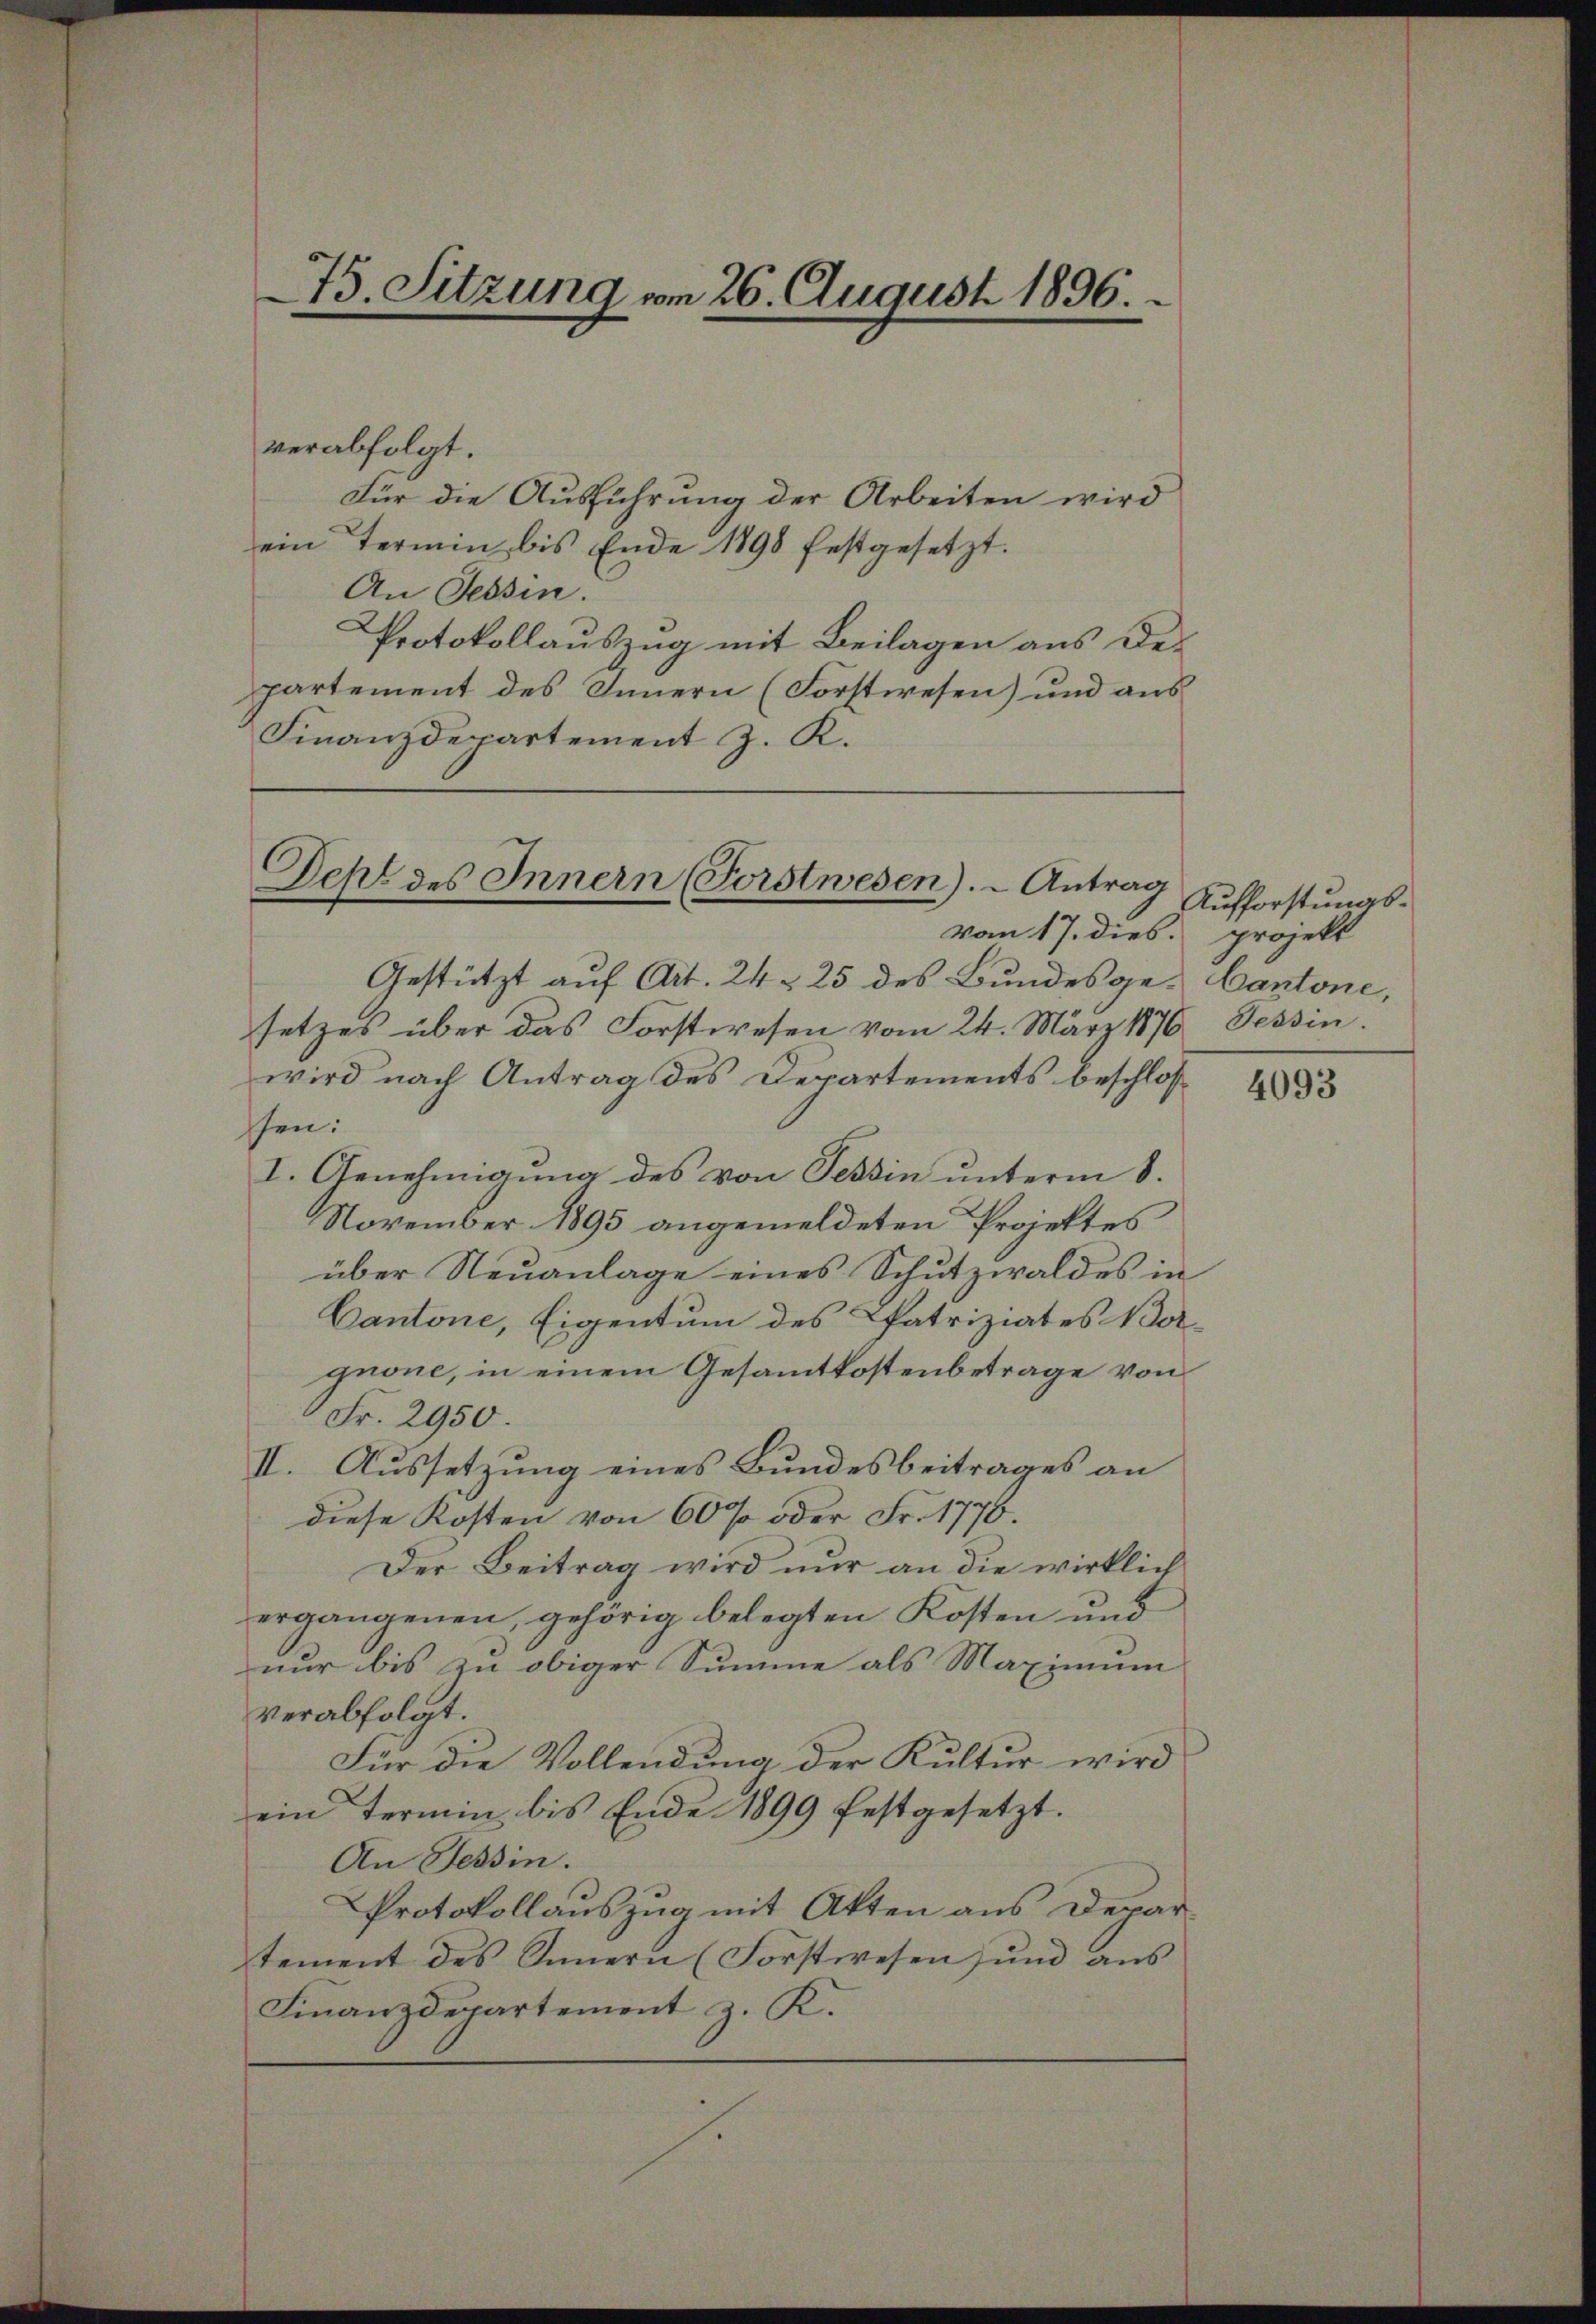
verabfolgt.
Für die Ausführung der Arbeiten wird
ein Termin bis Ende 1898 festgesetzt.
An Tessin.
Protokollauszug mit Beilagen aus Departement des Innern (Forstwesen) und aus
Finanzdepartement J. K.

vom 17. dies projekt
Gestützt auf Art. 24 § 25 des Bundesge- Cantone,
setzes über das Forstwesen vom 24. März 1876, Tessin.
wird nach Antrag des Departements beschloß
ssen.
I. Genehmigung des von Tessin unterm 8.
November 1895 angemeldeten Projektes
über Neuanlage eines Schutzwaldes in
Cantone, Eigentum des Patriziates Vorgnone, in einem Gesamtkostenbetrage von
 Fr. 2950.
Aussetzung eines Bundesbeitrages an
II.
diese Kosten von 60 % oder Fr. 1776.
Der Beitrag wird nur an die wirklich
ergangenen, gehörig belegten Kosten und
nur bis zu obiger Summe als Maximum
verabfolgt.
Für die Vollendung der Kultur wird
ein Termin bis Ende 1899 festgesetzt.
An Tessin.
Protokollauszug mit Akten aus Depar-
tement des Innern (Forstwesen und aus
Finanzdepartement z. K.

75. Sitzung vom 26. August 1896.

Dehl des Innern (Forstwesen). - Antrag

Aufforstungs¬

4093